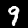
Label: 9